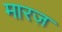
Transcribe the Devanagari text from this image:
मारज़